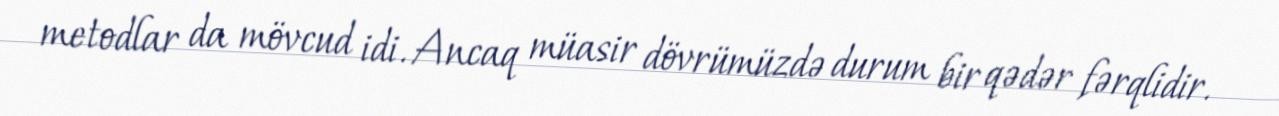
metodlar da mövcud idi. Ancaq müasir dövrümüzdə durum bir qədər fərqlidir.